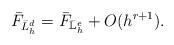
LaTeX: \begin{align*}\bar{F}_{\bar{L}^d_h} = \bar{F}_{{\mathbb{\bar{L}}}^{e}_h} + O(h^{r+1}).\end{align*}